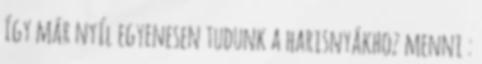
így már nyíl egyenesen tudunk a harisnyákhoz menni :